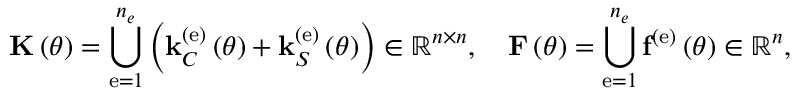
{ \bf K } \left( \theta \right) = \bigcup _ { \mathrm { e } = 1 } ^ { n _ { e } } \left( { \bf k } _ { C } ^ { \left( \mathrm { e } \right) } \left( \theta \right) + { \bf k } _ { S } ^ { \left( \mathrm { e } \right) } \left( \theta \right) \right) \in \mathbb { R } ^ { n \times n } , \quad { \bf F } \left( \theta \right) = \bigcup _ { \mathrm { e } = 1 } ^ { n _ { e } } { \bf f } ^ { \left( \mathrm { e } \right) } \left( \theta \right) \in \mathbb { R } ^ { n } ,